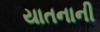
યાતનાની